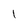
Character: 1